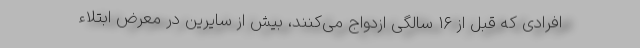
افرادی که قبل از ۱۶ سالگی ازدواج می‌کنند، بیش از سایرین در معرض ابتلاء